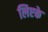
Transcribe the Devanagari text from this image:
लिएके